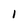
Character: l